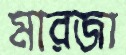
মারজা